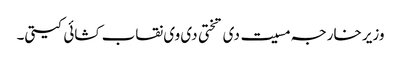
وزیر خارجہ مسیت دی تختی دی وی نقاب کشائی کیتی۔